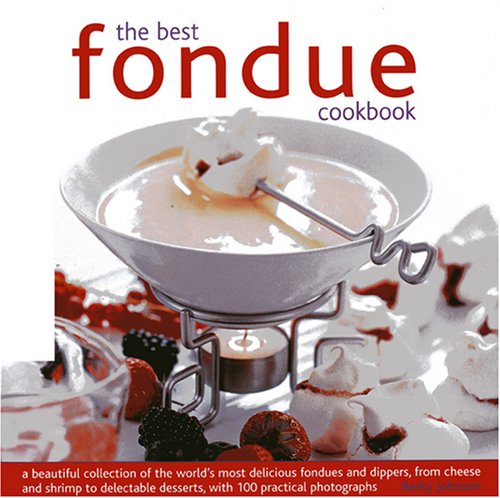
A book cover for The Best Fondue Cookbook: A beautiful collection of the world's most delicious fondues and dippers, with 100 stylish colour photographs.; Becky Johnson; Cookbooks, Food & Wine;